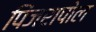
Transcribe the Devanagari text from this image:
पिंजरापोल